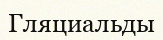
Гляциальды